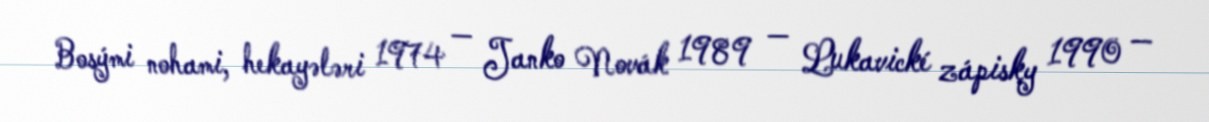
Bosými nohami, hekayələri 1974 — Janko Novák 1989 — Lukavické zápisky 1990 —